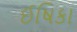
ઈષિકા